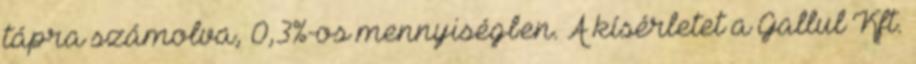
tápra számolva, 0,3%-os mennyiségben. A kísérletet a Gallul Kft.